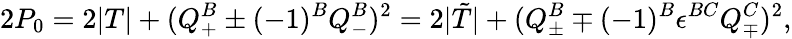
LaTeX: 2P_{0}=2|T|+(Q_{+}^{B}\pm(-1)^{B}Q_{-}^{B})^{2}=2|{\tilde{T}}|+(Q_{\pm}^{B}\mp(-1)^{B}\epsilon^{BC}Q_{\mp}^{C})^{2},